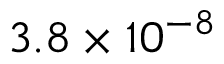
{ 3 . 8 \times 1 0 ^ { - 8 } }